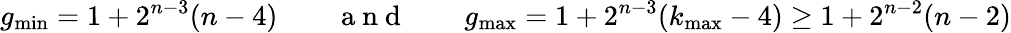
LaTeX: g_{\mathrm{min}}=1+2^{n-3}(n-4)\qquad\mathrm{~a~n~d~}\qquad g_{\mathrm{max}}=1+2^{n-3}(k_{\mathrm{max}}-4)\geq 1+2^{n-2}(n-2)